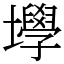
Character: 㙾